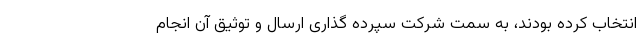
انتخاب کرده بودند، به سمت شرکت سپرده گذاری ارسال و توثیق آن انجام